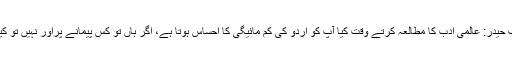
تصنیف حیدر: عالمی ادب کا مطالعہ کرتے وقت کیا آپ کو اردو کی کم مائیگی کا احساس ہوتا ہے، اگر ہاں تو کس پیمانے پراور نہیں تو کیونکر؟